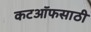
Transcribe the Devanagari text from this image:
कटऑफसाठी